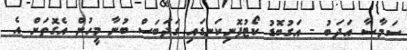
ސަމާސާ އަދަބު - އަގުބޮޑު ކޯޓުފޮނިކަނޑައި ގަދަބަސް ބުނާ މީހުން އެގޮތަށް އެ